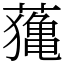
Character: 𦿷